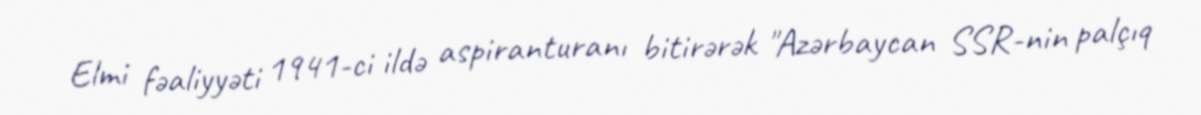
Elmi fəaliyyəti 1941-ci ildə aspiranturanı bitirərək "Azərbaycan SSR-nin palçıq